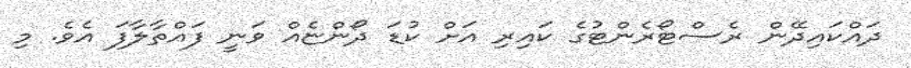
ދައްކައިދޭން ރެސްޓޯރެންޓުގެ ކައިރި އަށް ކުޑަ ދޯންޏެއް ވަނީ ފައްތާލާފަ އެވެ. މި